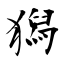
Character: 獡